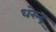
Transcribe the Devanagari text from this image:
धरेन्द्र